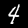
Digit: 4